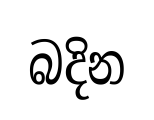
බදින